Report of the Indian Hemp Drugs Commission, 1894-1895 - Volume V
Year: 1894
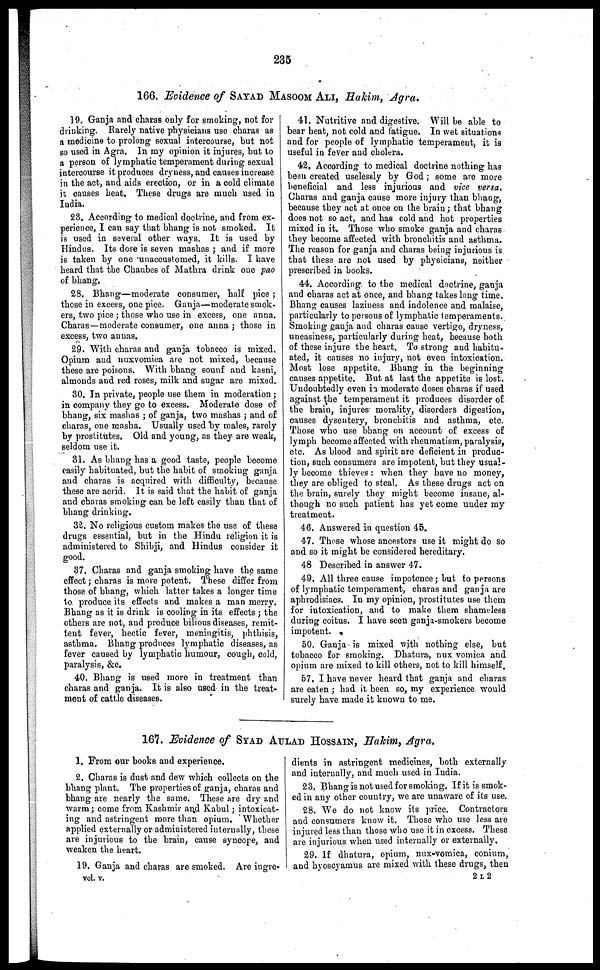
235
166. Evidence of SAYAD MASOOM ALI, Hakim, Agra.
19. Ganja and charas only for smoking, not for
drinking. Rarely native physicians use charas as
a medicine to prolong sexual intercourse, but not
so used in Agra. In my opinion it injures, but to
a person of lymphatic temperament during sexual
intercourse it produces dryness, and causes increase
in the act, and aids erection, or in a cold climate
it causes heat. These drugs are much used in
India.
28. According to medical doctrine, and from ex-
perience, I can say that bhang is not smoked. It
is used in several other ways. It is used by
Hindus. Its dose is seven mashas ; and if more
is taken by one unaccustomed, it kills. I have
heard that the Chaubes of Mathra drink one pao
of bhang.
28. Bhang—moderate consumer, half pice ;
those in excess, one pice. Ganja—moderate smok-
ers, two pice ; those who use in excess, one anna.
Charas—moderate consumer, one anna ; those in
excess, two annas.
29. With charas and ganja tobacco is mixed.
Opium and nuxvomica are not mixed, because
these are poisons. With bhang sounf and kasni,
almonds and red roses, milk and sugar are mixed.
30. In private, people use them in moderation ;
in company they go to excess. Moderate dose of
bhang, six mashas ; of ganja, two maghas ; and of
charas, one masha. Usually used by males, rarely
by prostitutes. Old and young, as they are weak,
seldom use it.
31. As bhang has a good taste, people become
easily habituated, but the habit of smoking ganja
and charas is acquired with difficulty, because
these are acrid. It is said that the habit of ganja
and charas smoking can be left easily than that of
bhang drinking.
32. No religious custom makes the use of these
drugs essential, but in the Hindu religion it is
administered to Shibji, and Hindus consider it
good.
37. Charas and ganja smoking have the same
effect ; charas is more potent. These differ from
those of bhang, which latter takes a longer time
to. produce its effects and makes a man merry.
Bhang as it is drink is cooling in its effects ; the
others are not, and produce bilious diseases, remit-
tent fever, hectic fever, meningitis, phthisis,
asthma. Bhang produces lymphatic diseases, as
fever caused by lymphatic humour, cough, cold,
paralysis, &c.
40. Bhang is used more in treatment than
charas and ganja. It is also used in the treat-
ment of cattle diseases.
41. Nutritive and digestive. Will be able to
bear heat, not cold and fatigue. In wet situations
and for people of lymphatic temperament, it is
useful in fever and cholera.
42. According to medical doctrine nothing has
been created uselessly by God ; some are more
beneficial and less injurious and vice versa.
Charas and ganja cause more injury than bhang,
because they act at once on the brain ; that bhang
does not so act, and has cold and hot properties
mixed in it. Those who smoke ganja and charas
they become affected with bronchitis and asthma.
The reason for ganja and charas being injurious is
that these are not used by physicians, neither
prescribed in books.
44. According to the medical doctrine, ganja
and charas act at once, and bhang takes long time.
Bhang causes laziness and indolence and malaise,
particularly to persons of lymphatic temperaments.
Smoking ganja and charas cause vertigo, dryness,
uneasiness, particularly during heat, because both
of these injure the heart. To strong and habitu-
ated, it causes no injury, not even intoxication.
Most lose appetite. Bhang in the beginning
causes appetite. But at last the appetite is lost.
Undoubtedly even in moderate doses charas if used
against the temperament it produces disorder of
the brain, injures morality, disorders digestion,
causes dysentery, bronchitis and asthma, etc.
Those who use bhang on account of excess of
lymph become affected with rheumatism, paralysis,
etc. As blood and spirit are deficient in produc-
tion, such consumers are impotent, but they usual-
ly become thieves : when they have no money,
they are obliged to steal. As these drugs act on
the brain, surely they might become insane, al-
though no such patient has yet come under my
treatment.
46. Answered in question 45.
47. Those whose ancestors use it might do so
and so it might be considered hereditary.
48 Described in answer 47.
49. All three cause impotence ; but to persons
of lymphatic temperament, charas and ganja are
aphrodisiacs. In my opinion, prostitutes use them
for intoxication, and to make them shameless
during coitus. I have seen ganja-smokers become
impotent.
50. Ganja is mixed with nothing else, but
tobacco for smoking. Dhatura, nux vomica and
opium are mixed to kill others, not to kill himself.
57. I have never heard that ganja and charas
are eaten ; had it been so, my experience would
surely have made it known to me.
167. Evidence of SYAD AULAD HOSSAIN, Hakim, Agra.
1. From our books and experience.
2. Charas is dust and dew. which collects on the
bhang plant. The properties of ganja, charas and
bhang are nearly the same. These are dry and
warm ; come from Kashmir and Kabul ; intoxicat-
ing and astringent more than opium. Whether
applied externally or administered internally, these
are injurious to the brain, cause syncope, and
weaken the heart.
19. Ganja and charas are smoked. Ave ingre-
dients in astringent medicines, both externally
and internally, and much used in India.
23. Bhang is not used for smoking. If it is smok-
ed in any other country, we are unaware of its use.
28. We do not know its price. Contractors
and consumers know it. Those who use less are
injured less than those who use it in excess. These
are injurious when used internally or externally.
29. If dhatura, opium, nux-vomica, conium,
and hyoscyamus are mixed with these drugs, then
vol. v.
2 L 2